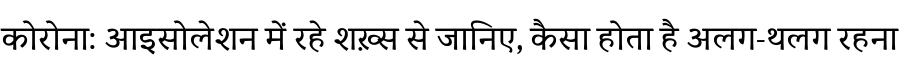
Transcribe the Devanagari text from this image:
कोरोना: आइसोलेशन में रहे शख़्स से जानिए, कैसा होता है अलग-थलग रहना